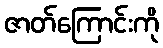
ဇာတ်ကြောင်းကို